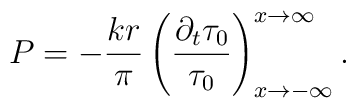
P=-\frac{kr}{\pi }\left( \frac{\partial _{t}\tau_{0}}{ \tau_{0}}\right) _{x\rightarrow -\infty }^{x\rightarrow \infty }.